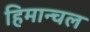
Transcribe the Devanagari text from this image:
हिमान्चल